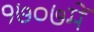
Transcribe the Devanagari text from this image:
१७०७में